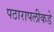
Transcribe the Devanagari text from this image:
पठारापलीकडे